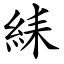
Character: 䋘